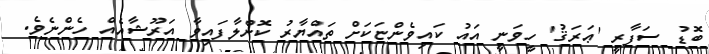
ބޮޑު ސަފާރީ 'ޢަރަޤު' ހީވަނީ އައު ކައިވެންޏަކަށް ތައްޔާރު ކޮށްލާފައިވާ އަރޫޝާއެއް ހެންނެވެ.